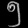
Digit: ၅